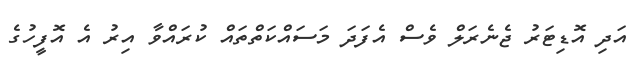
އަދި އޮޑިޓަރު ޖެނެރަލް ވެސް އެފަދަ މަސައްކަތްތައް ކުރައްވާ އިރު އެ އޮފީހުގެ